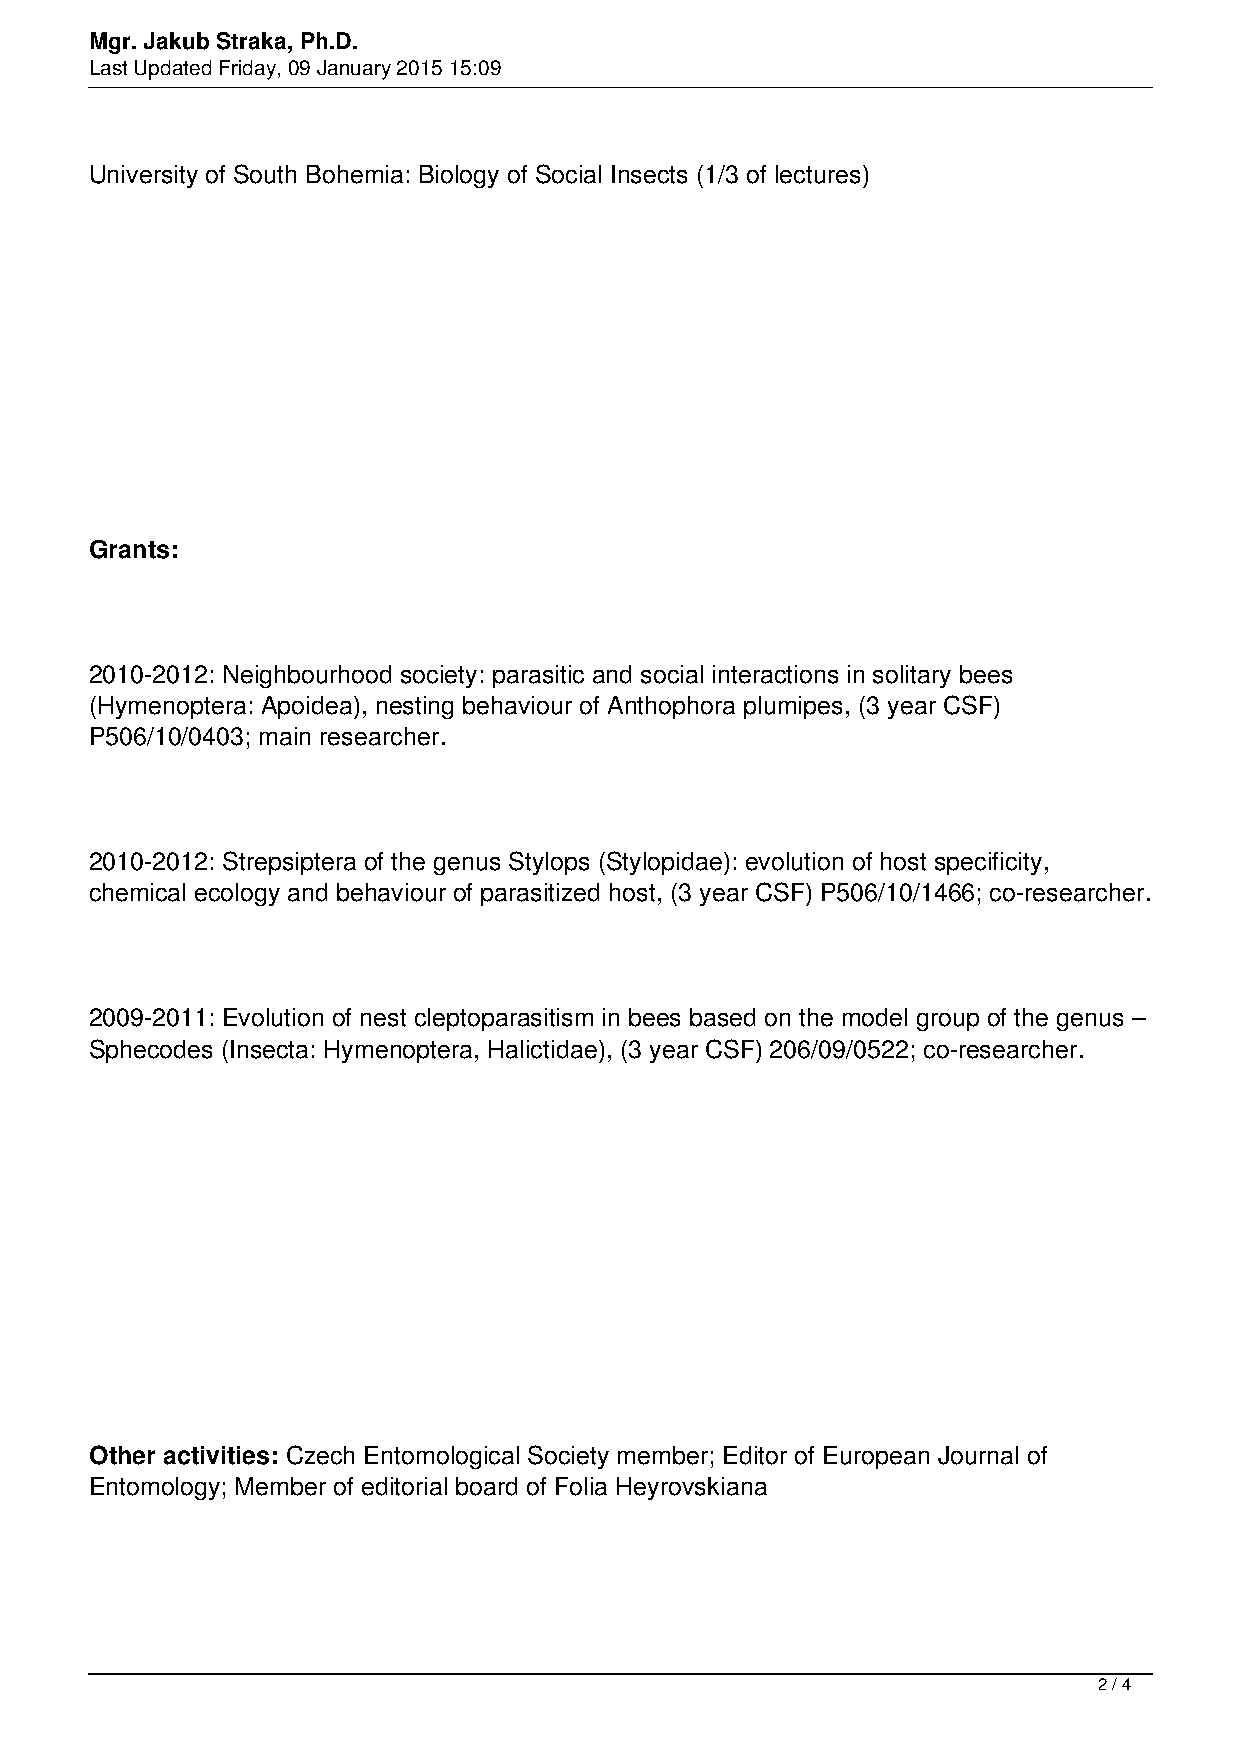
Mgr. Jakub Straka, Ph.D.
 Last Updated Friday, 09 January 2015 15:09
 University of South Bohemia: Biology of Social Insects (1/3 of lectures)
 Grants:
 2010-2012: Neighbourhood society: parasitic and social interactions in solitary bees
 (Hymenoptera: Apoidea), nesting behaviour of Anthophora plumipes, (3 year CSF)
 P506/10/0403; main researcher.
 2010-2012: Strepsiptera of the genus Stylops (Stylopidae): evolution of host specificity,
 chemical ecology and behaviour of parasitized host, (3 year CSF) P506/10/1466; co-researcher.
 2009-2011: Evolution of nest cleptoparasitism in bees based on the model group of the genus –
 Sphecodes (Insecta: Hymenoptera, Halictidae), (3 year CSF) 206/09/0522; co-researcher.
 Other activities: Czech Entomological Society member; Editor of European Journal of
 Entomology; Member of editorial board of Folia Heyrovskiana
 2 / 4